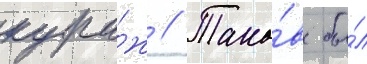
кура́ж // Тако́в бы́л